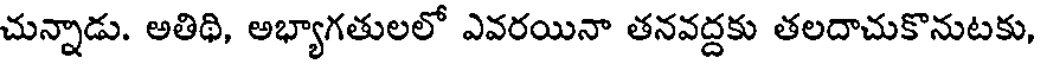
చున్నాడు. అతిథి, అభ్యాగతులలో ఎవరయినా తనవద్దకు తలదాచుకొనుటకు,